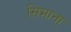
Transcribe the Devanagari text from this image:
सिमाना